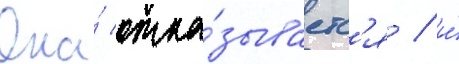
Она́ отка́зываетс'я / и́